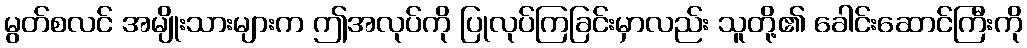
မွတ်စလင် အမျိုးသားများက ဤအလုပ်ကို ပြုလုပ်ကြခြင်းမှာလည်း သူတို့၏ ခေါင်းဆောင်ကြီးကို